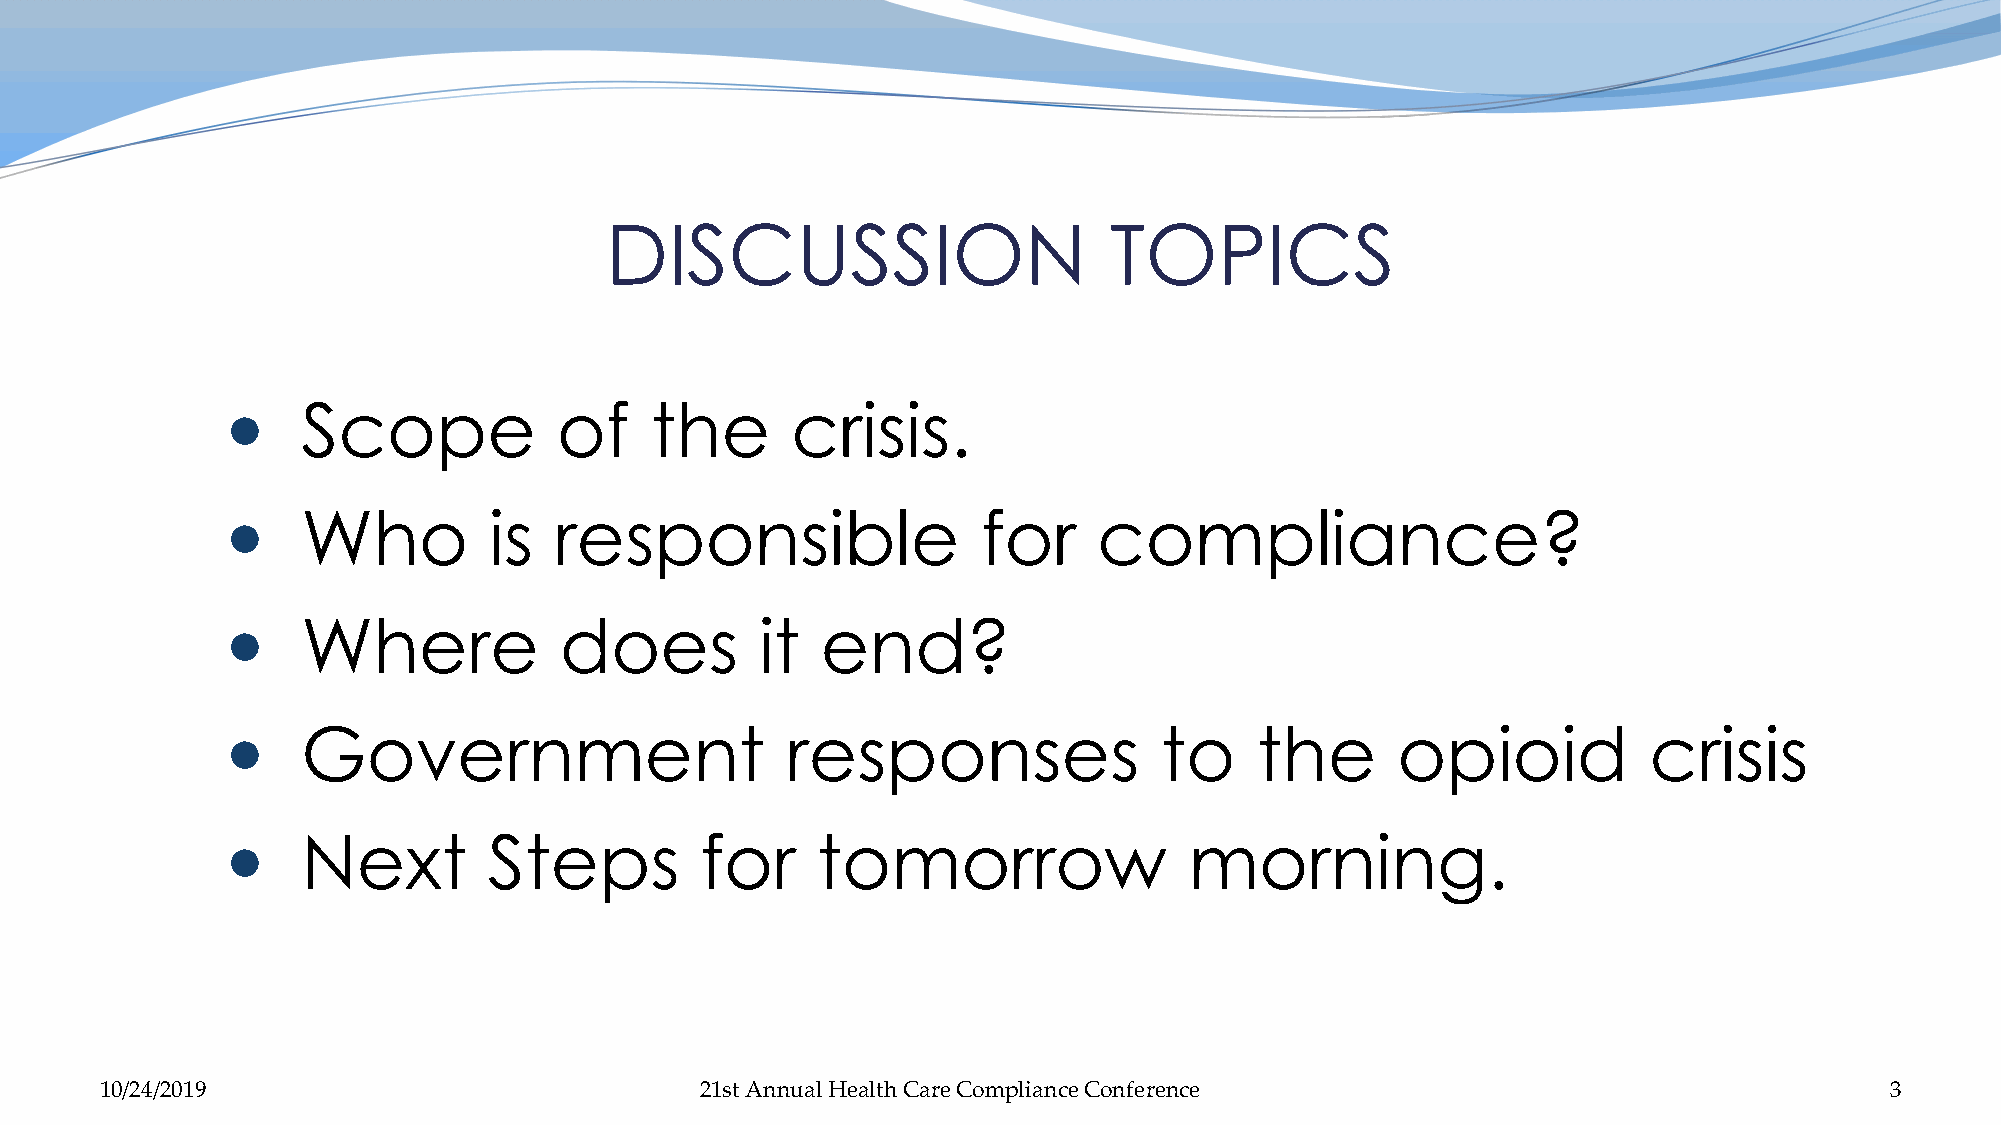
DISCUSSION                       TOPICS
     Scope            of    the      crisis.
     Who         is   responsible                 for     compliance?
     Where            does         it  end?
     Government                      responses                to    the      opioid           crisis
     Next        Steps         for     tomorrow                 morning.
 10/24/2019                             21st Annual Health Care Compliance Conference                                  3